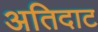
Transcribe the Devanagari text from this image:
अतिदाट